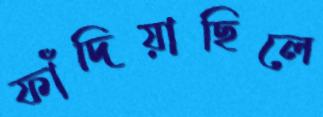
ফাঁদিয়াছিলে